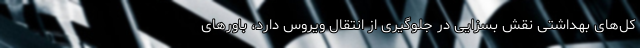
کل‌های بهداشتی نقش بسزایی در جلوگیری از انتقال ویروس دارد، باورهای